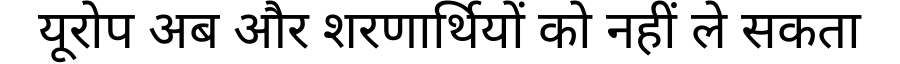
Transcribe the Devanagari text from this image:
यूरोप अब और शरणार्थियों को नहीं ले सकता